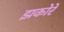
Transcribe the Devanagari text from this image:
झकोरें